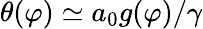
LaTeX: \theta(\varphi)\simeq a_{0}g(\varphi)/\gamma